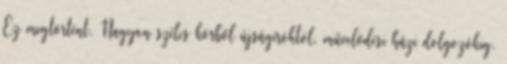
Ez megtörtént. Nagyon széles körből újságíróktól, művelődési házi dolgozókig.